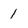
Character: 1